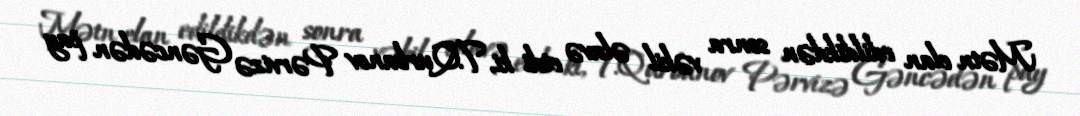
Mətn elan edildikdən sonra vəkil əlavə etdi ki, T.Qurbanov Pərvizə Gəncədən pay